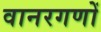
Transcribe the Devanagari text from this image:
वानरगणों